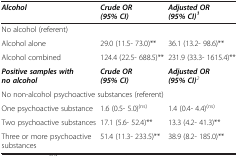
<table><thead><tr><td><b><i>Alcohol</i></b></td><td><b><i>Crude OR (95% CI)</i></b></td><td><b><i>Adjusted OR (95% CI)</i><sup><i>1</i></sup></b></td></tr></thead><tbody><tr><td>No alcohol (referent)</td><td> </td><td> </td></tr><tr><td>Alcohol alone</td><td>29.0 (11.5- 73.0)**</td><td>36.1 (13.2- 98.6)**</td></tr><tr><td>Alcohol combined</td><td>124.4 (22.5- 688.5)**</td><td>231.9 (33.3- 1615.4)**</td></tr><tr><td><b><i>Positive samples with no alcohol</i></b></td><td><b><i>Crude OR (95% CI)</i></b></td><td><b><i>Adjusted OR (95% CI)</i></b><sup><i>2</i></sup></td></tr><tr><td colspan="3">No non-alcohol psychoactive substances (referent)</td></tr><tr><td>One psychoactive substance</td><td>1.6 (0.5- 5.0)<sup>(ns)</sup></td><td>1.4 (0.4- 4.4)<sup>(ns)</sup></td></tr><tr><td>Two psychoactive substances</td><td>17.1 (5.6- 52.4)**</td><td>13.3 (4.2- 41.3)**</td></tr><tr><td>Three or more psychoactive substances</td><td>51.4 (11.3- 233.5)**</td><td>38.9 (8.2- 185.0)**</td></tr></tbody></table>